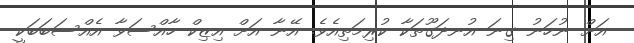
އަށް ނުހަނު ގިނަ އުނދަގޫތަކާ ކުރިމަތިއެވެ. އޭނާ އަށް އިޒިކް ހާއްސަވާ އެއްސަބަބަކީ